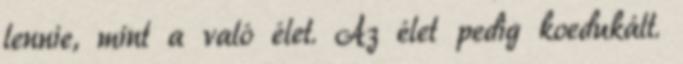
lennie, mint a való élet. Az élet pedig koedukált.